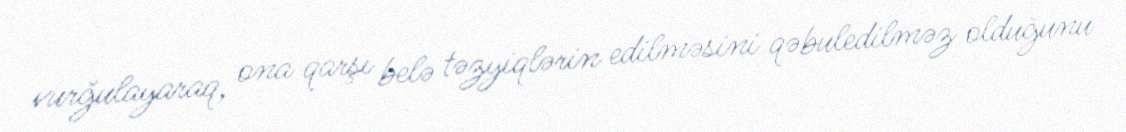
vurğulayaraq, ona qarşı belə təzyiqlərin edilməsini qəbuledilməz olduğunu